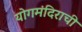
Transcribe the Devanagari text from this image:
योगमंदिराची